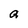
Character: a